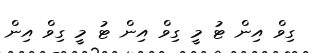
ގިވް އިން ޓު މީ ގިވް އިން ޓު މީ ގިވް އިން